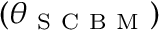
( \boldsymbol { \theta } _ { \mathrm { ~ S ~ C ~ B ~ M ~ } } )